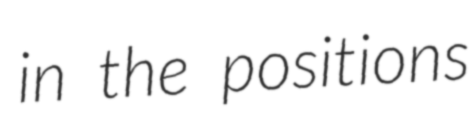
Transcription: in the positions